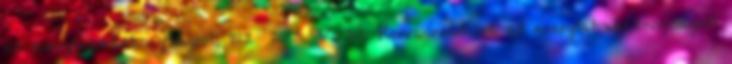
az energiahatékonyságról; 122 2015. V. 26. Korm. rendelet az energiahatékonyságról